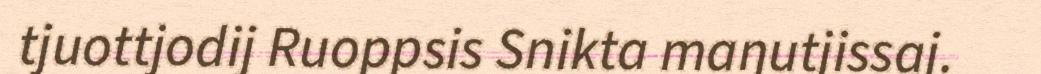
tjuottjodij Ruoppsis Snikta maŋutjissaj.